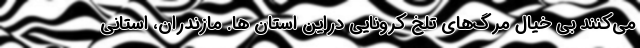
می‌کنند بی خیال مرگ‌های تلخ کرونایی دراین استان ها. مازندران، استانی